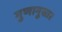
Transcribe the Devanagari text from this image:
गुणानुसार